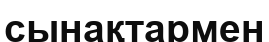
сынақтармен